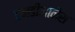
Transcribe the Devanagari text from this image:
एनडीआनेस